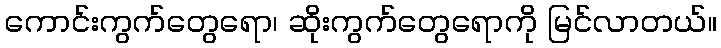
ကောင်းကွက်တွေရော၊ ဆိုးကွက်တွေရောကို မြင်လာတယ်။